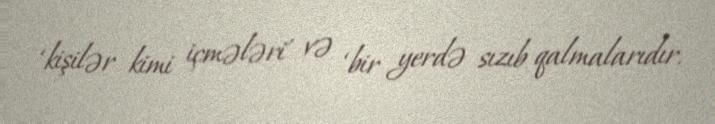
‘kişilər kimi içmələri' və ‘bir yerdə sızıb qalmalarıdır.